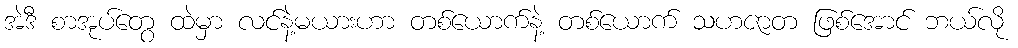
အဲဒီ စာအုပ်တွေ ထဲမှာ လင်နဲ့မယားဟာ တစ်ယောက်နဲ့ တစ်ယောက် သဟဇာတ ဖြစ်အောင် ဘယ်လို